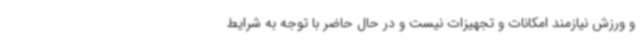
و ورزش نیازمند امکانات و تجهیزات نیست و در حال حاضر با توجه به شرایط